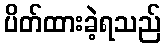
ပိတ်ထားခဲ့ရသည်